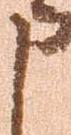
申